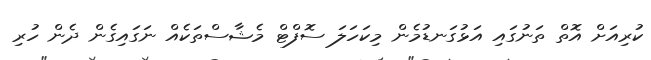
ކުރިއަށް އޮތް ތަނުގައި އަޅުގަނޑުމެން މިކަހަލަ ސޮފްޓް މެޝާސްތަކެއް ނަގައިގެން ދެން ހުރި